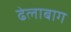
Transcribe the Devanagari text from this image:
ढेलाबाग